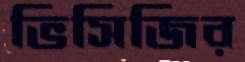
ভিসিজির